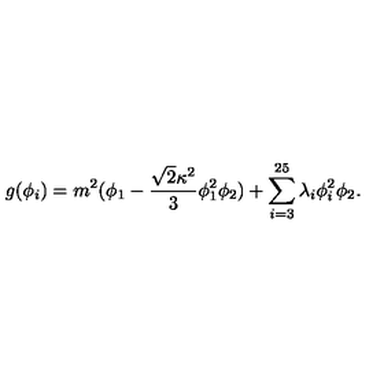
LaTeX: g ( \phi _ { i } ) = m ^ { 2 } ( \phi _ { 1 } - \frac { { \sqrt { 2 } } \kappa ^ { 2 } } { 3 } \phi _ { 1 } ^ { 2 } \phi _ { 2 } ) + \sum _ { i = 3 } ^ { 2 5 } \lambda _ { i } \phi _ { i } ^ { 2 } \phi _ { 2 } .